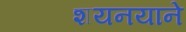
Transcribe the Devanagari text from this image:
शयनयाने